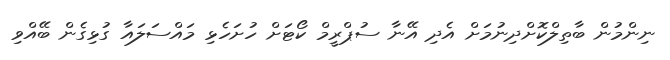
ނިންމުން ބާތިލްކޮށްދިނުމަށް އެދި އޭނާ ސުޕްރީމް ކޯޓަށް ހުށަހެޅި މައްސަލައާ ގުޅިގެން ބޭއްވި